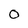
Character: 0